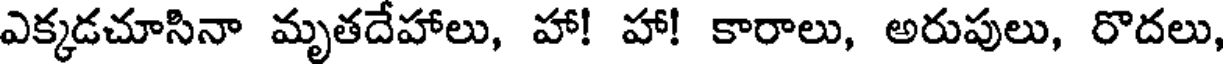
ఎక్కడచూసినా మృతదేహాలు, హా! హా! కారాలు, అరుపులు, రొదలు,